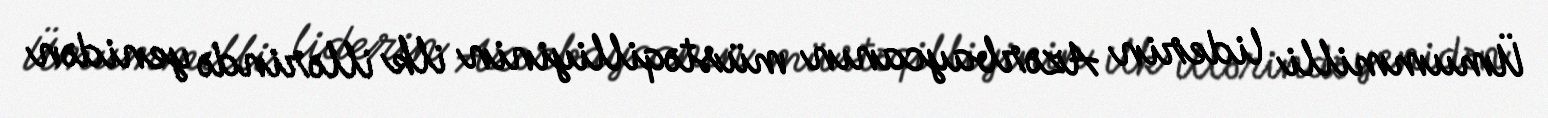
Ümummilli liderin Azərbaycanın müstəqilliyinin ilk illərində yenidən